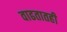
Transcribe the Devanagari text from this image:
वाढतातही